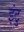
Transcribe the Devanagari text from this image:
इंटु